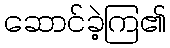
ဆောင်ခဲ့ကြ၏